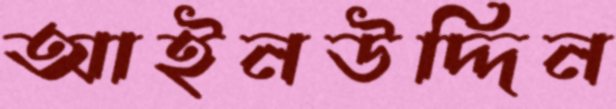
আইনউদ্দিন